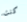
كنت